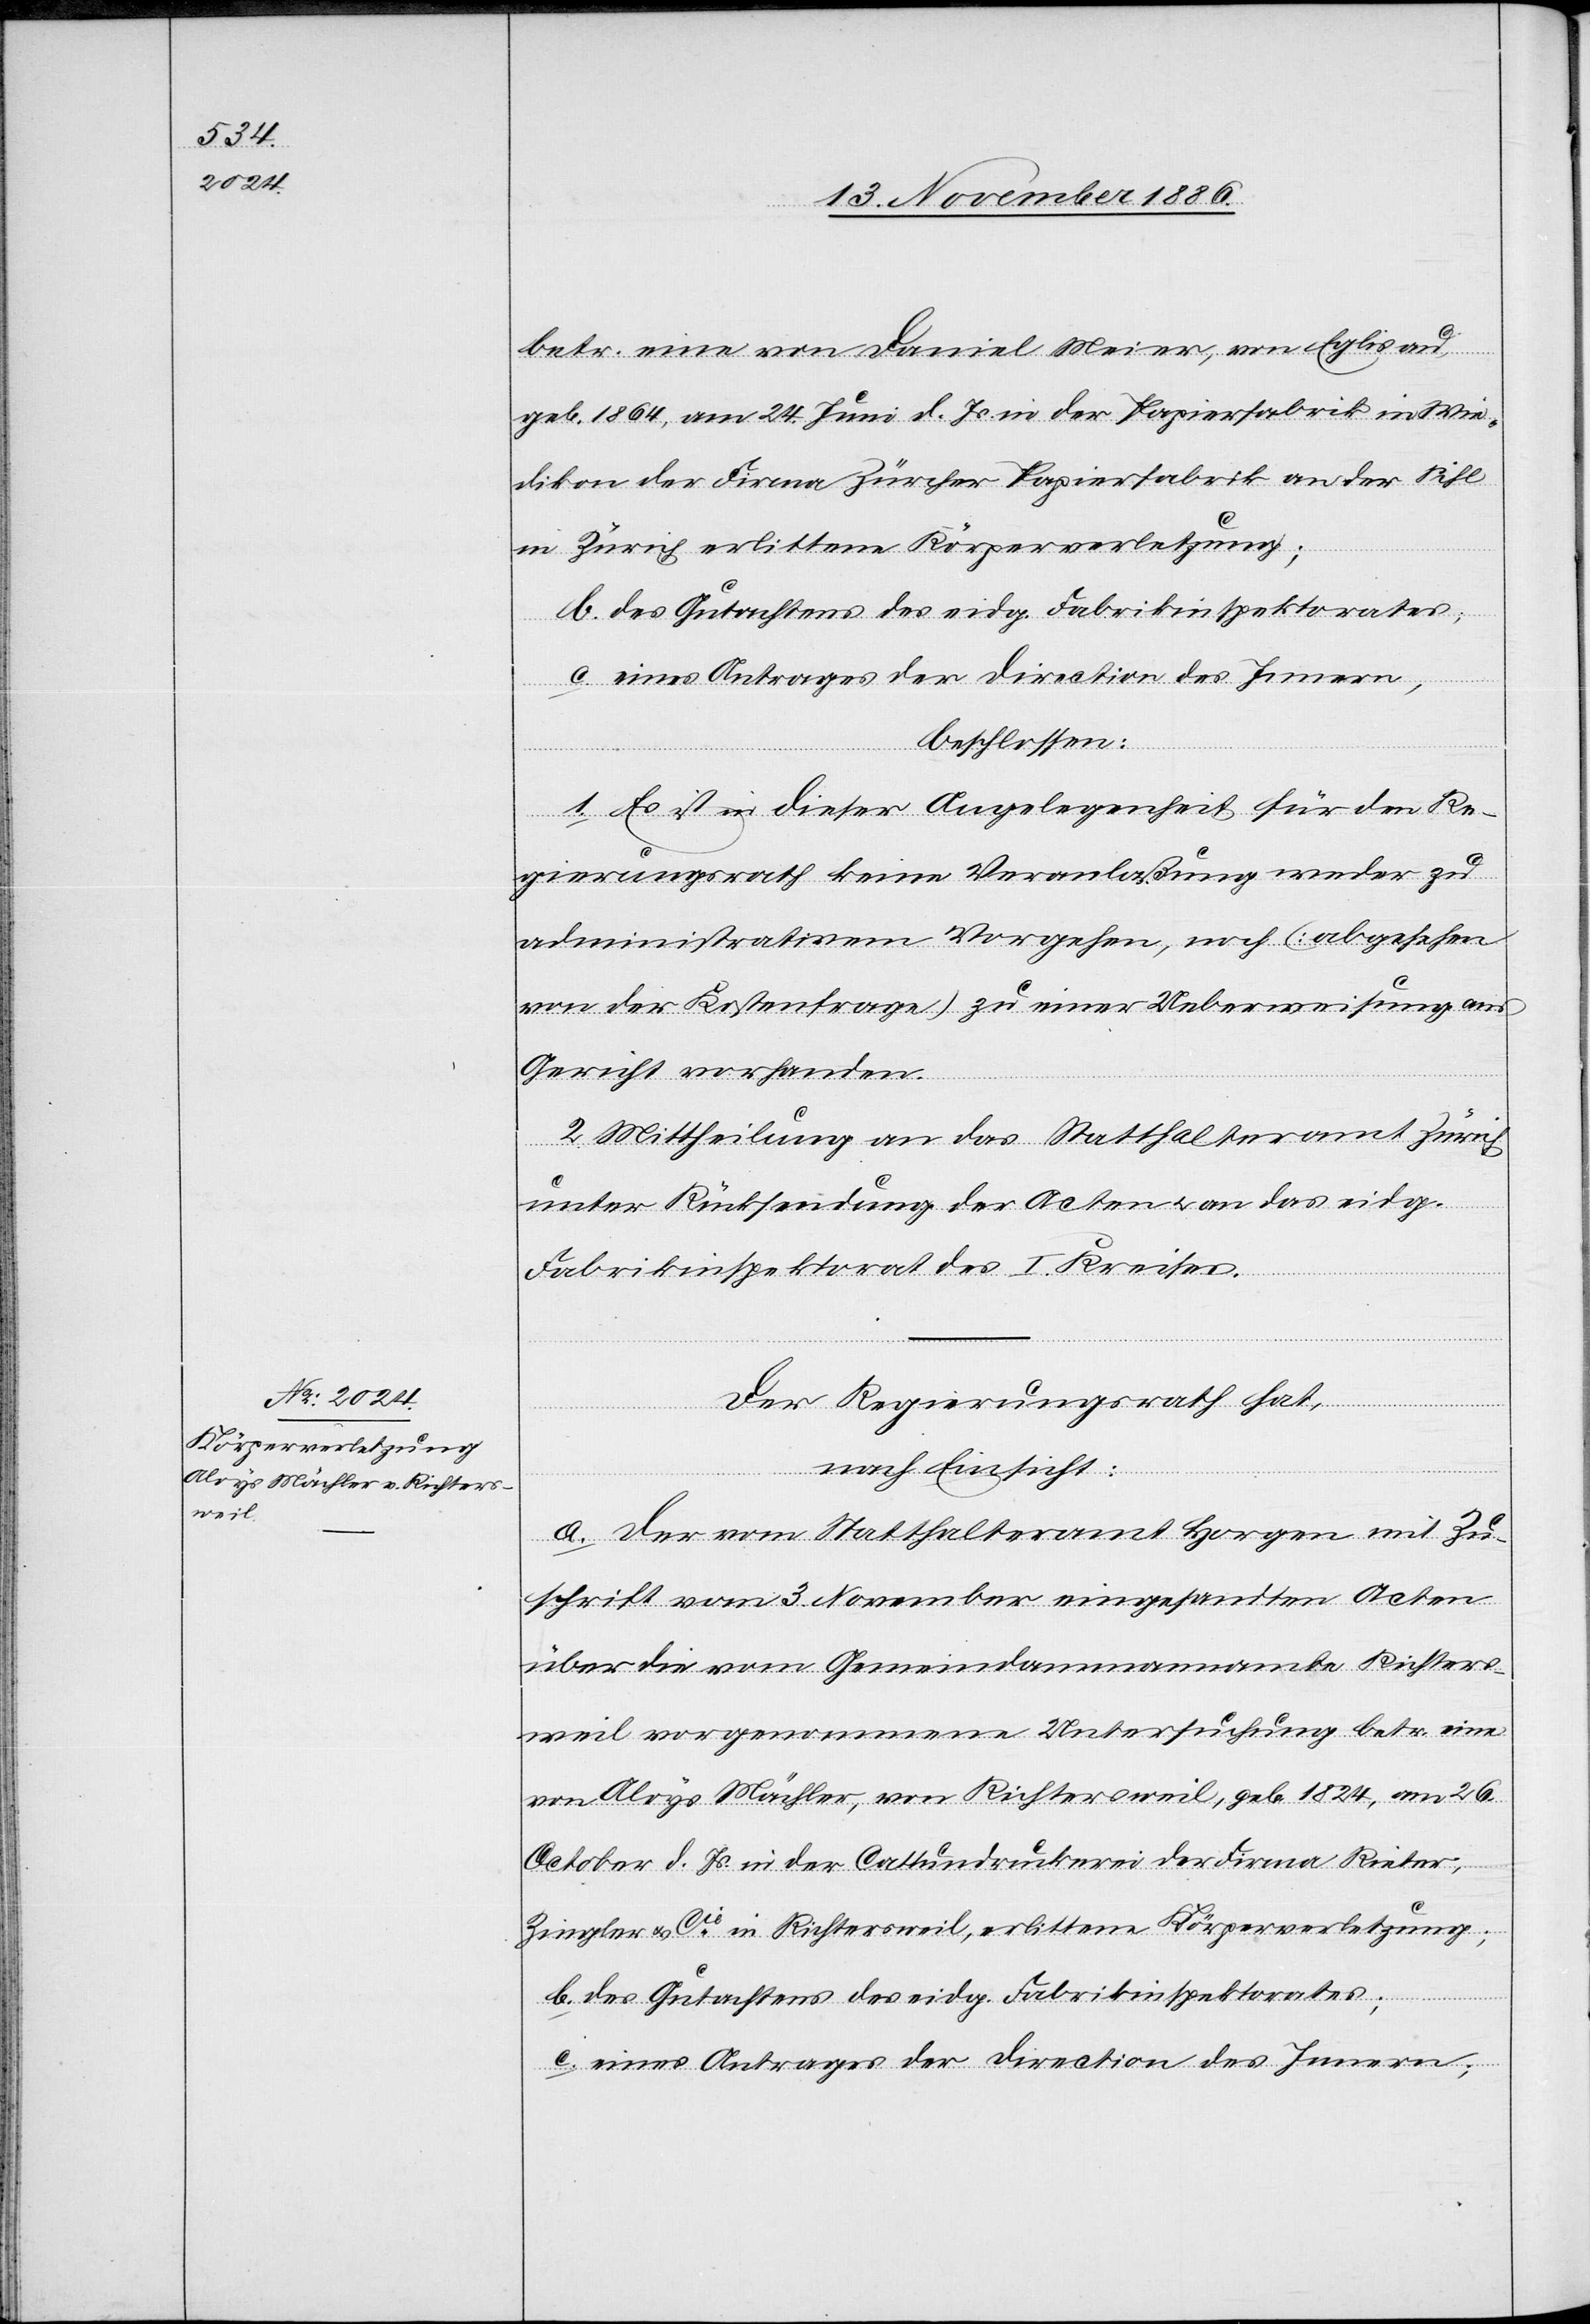
betr. eine von Daniel Meier, von Eglisau,
geb. 1864, am 24. Juni d. Js. in der Papierfabrik in Wie¬
dikon der Firma Zürcher Papierfabrik an der Sihl
in Zürich erlittene Körperverletzung;
c. eines Antrages der Direction des Innern,
beschlossen:
1. Es ist in dieser Angelegenheit für den Re¬
gierungsrath keine Veranlaßung weder zu
administrativem Vorgehen, noch (abgesehen
von der Kostenfrage) zu einer Ueberweisung ans
Gericht vorhanden.
2. Mittheilung an das Statthalteramt Zürich
unter Rücksendung der Acten & an das eidg.
Fabrikinspektorat des I. Kreises.
Der Regierungsrath hat,
nach Einsicht:
a. der vom Statthalteramt Horgen mit Zu¬
schrift vom 3. November eingesandten Acten
über die vom Gemeindammannamte Richters¬
weil vorgenommene Untersuchung betr. eine
von Aloys Mächler, von Richtersweil, geb. 1824, am 26.
October d. Js. in der Cattundruckerei der Firma Rieter,
Ziegler & Cie in Richtersweil, erlittene Körperverletzung;
b. des Gutachtens des eidg. Fabrikinspektorates;
c. eines Antrages der Direction des Innern;